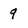
Character: 9